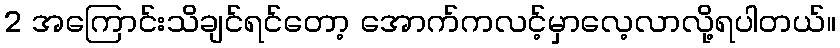
2 အကြောင်းသိချင်ရင်တော့ အောက်ကလင့်မှာလေ့လာလို့ရပါတယ်။